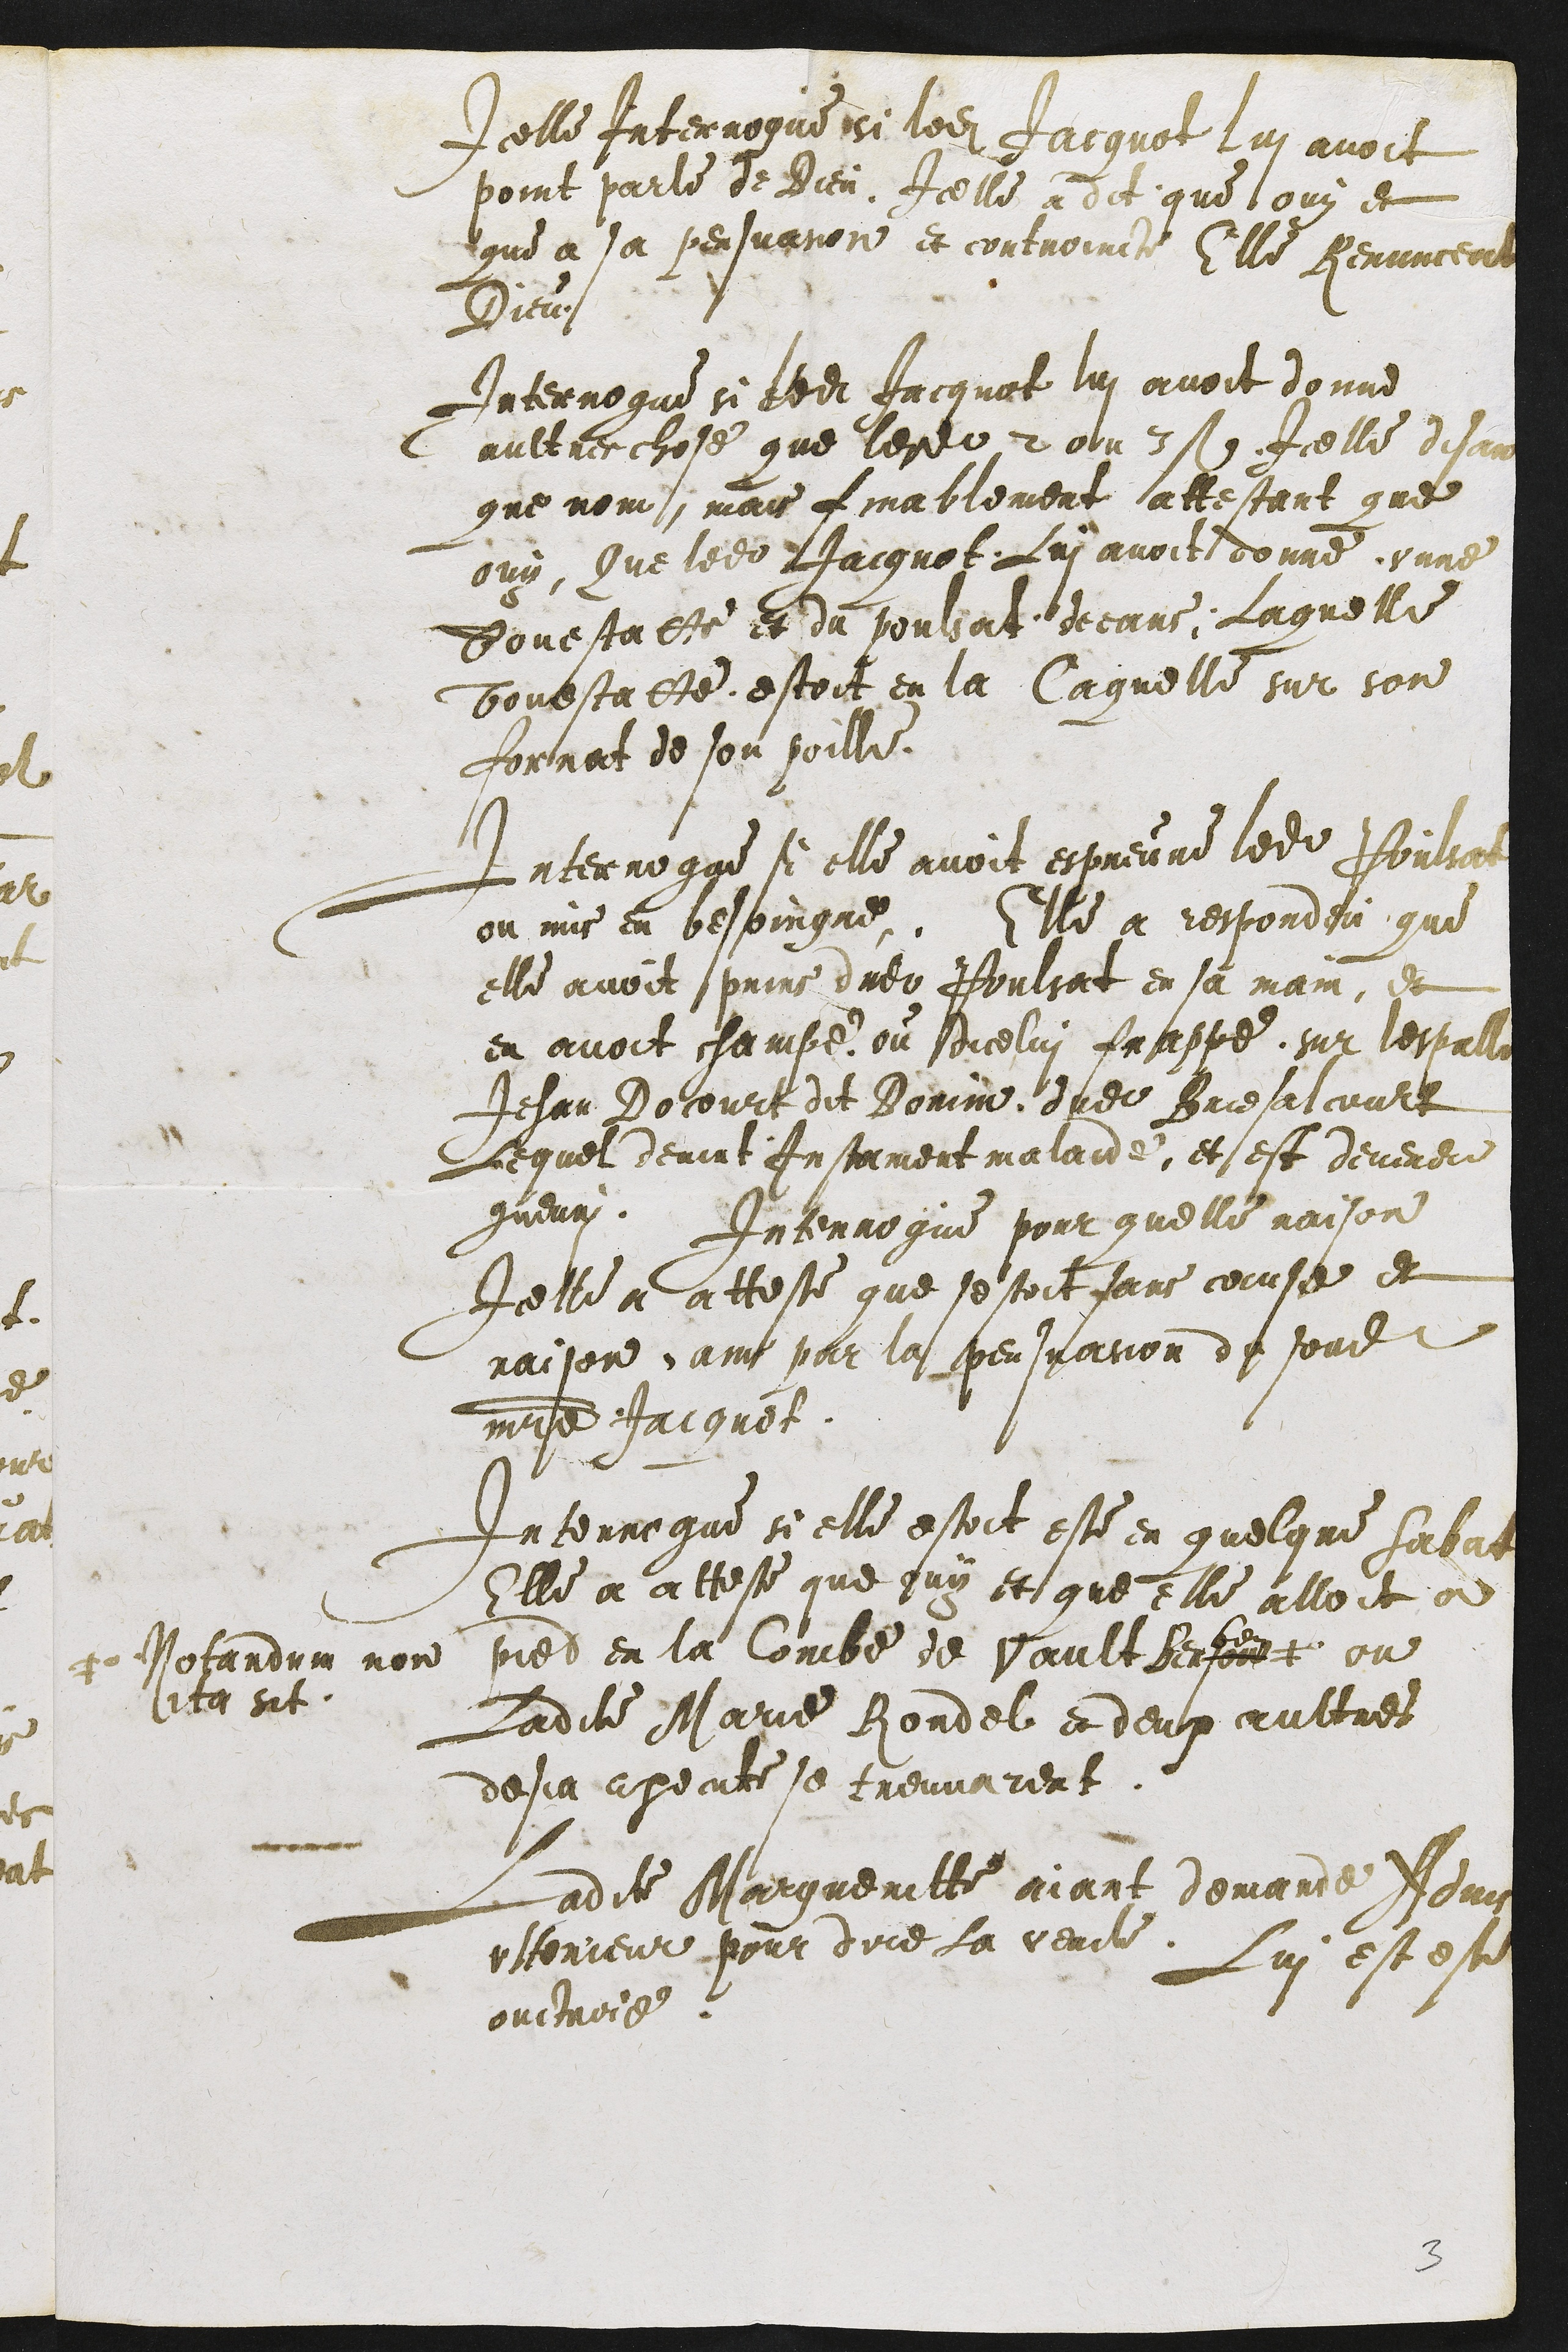
Icelle Interrogue si ledit Jacquot lui avoit
point parle de Dieu Icelle a dit que ouy et
que a sa persuasion et controincte Elle renunceat
Dieu
Interrogue si ledit Jacquot lui avoit donne
aultre chose que lesdits 2 ou 3 s. Icelle disant
que nom, mais finablement attestant que
ouy, Que ledit Jacquot Lui avoit donne unne
bouestatte et du poulsat deeans: Laquelle
bouestatte estoit en la Caquelle sur son
fornat de son poille.
Interrogee si elle avoit espreuve ledit Poulsat
ou mis en besoingne. Elle a respondeu que
elle avoit prins dudit Poulsat en sa main, et
en avoit champe ou dicelui frappe sur lespalle
Jehan Docourt dit Domin dudit Bresalcourt
Lequel devint Instament malaide, et est deveneu
guerry. Interrogue pour quelle raison
Icelle a atteste que sestoit sans cause et
raison, ains par la persuasion de sondit
maitre Jacquot.
Interrogue si elle estoit este en quelque Sabat
Elle a atteste que ouy et que elle alloit a
pied en la Combe de Vault Bersout
ben
Notandum non
ita sit.
ou
Ladite Marie Rondel et deux aultres
desja execute se treuvarent.
Ladite Margueritte aiant demande Advis
ulterieur pour dire la verite.
Lui est este
ouctroie.